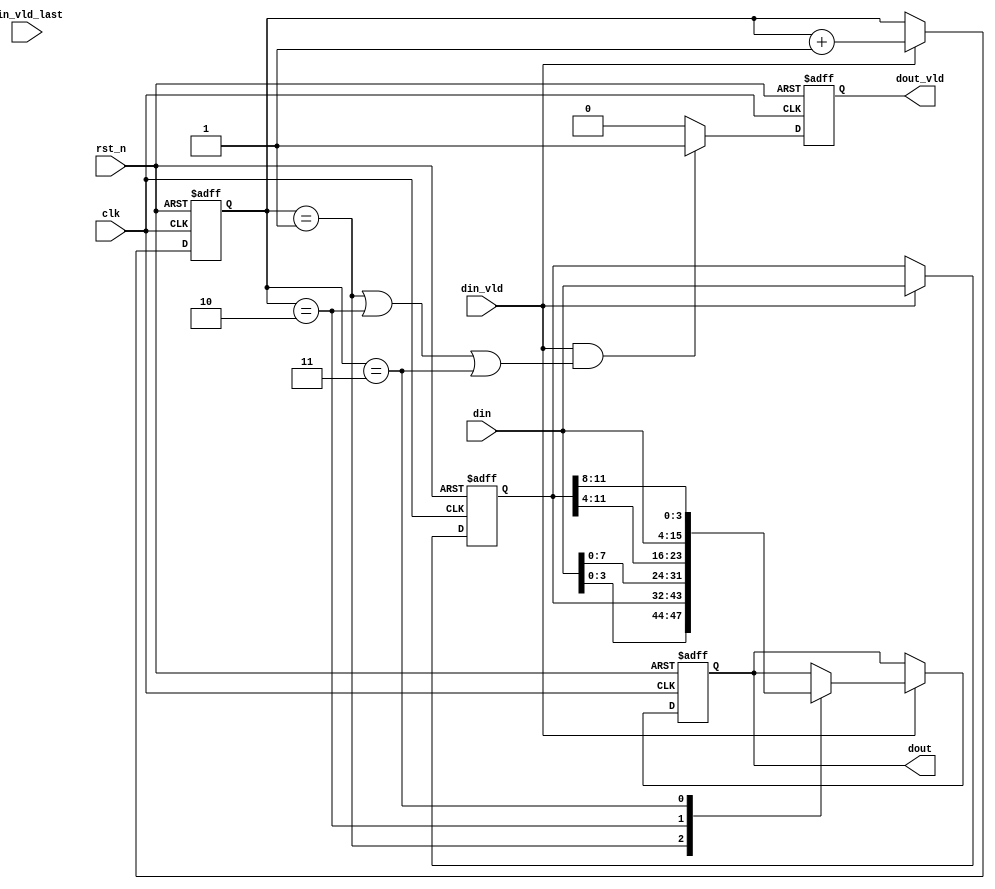
module width_12to16(
    input           clk,
    input           rst_n,
    input   [11:0]  din,
    input           din_vld,
    input           din_vld_last,

    output  reg [15:0]  dout,
    output  reg         dout_vld
    //output  reg         dout_vld_last
);

reg [11:0]  din_reg;
always @(posedge clk or negedge rst_n) begin
    if(!rst_n)
        din_reg <= 'd0;
    else if(din_vld)
        din_reg <= din;
    else    
        din_reg <= din_reg;
end

reg [1:0]   din_vld_cnt;
always @(posedge clk or negedge rst_n) begin
    if(!rst_n)
        din_vld_cnt <= 'd0;
    else if(din_vld)
        din_vld_cnt <= din_vld_cnt + 1'b1;
end

always @(posedge clk or negedge rst_n) begin
    if(!rst_n)
        dout <= 'd0;
    else if(din_vld) begin
        case(din_vld_cnt)
            2'b01: dout <= {din[3:0],din_reg};
            2'b10: dout <= {din[7:0],din_reg[11:4]};
            2'b11: dout <= {din,din_reg[11:8]};
            default: dout <= dout;
        endcase
    end
end

always @(posedge clk or negedge rst_n) begin
    if(!rst_n)
        dout_vld <= 'd0;
    else if(din_vld && ((din_vld_cnt == 'd1) || (din_vld_cnt == 'd2) || (din_vld_cnt == 'd3)))
        dout_vld <= 1'b1;
    else
        dout_vld <= 1'b0;
end

endmodule